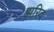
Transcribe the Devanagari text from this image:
झरिद